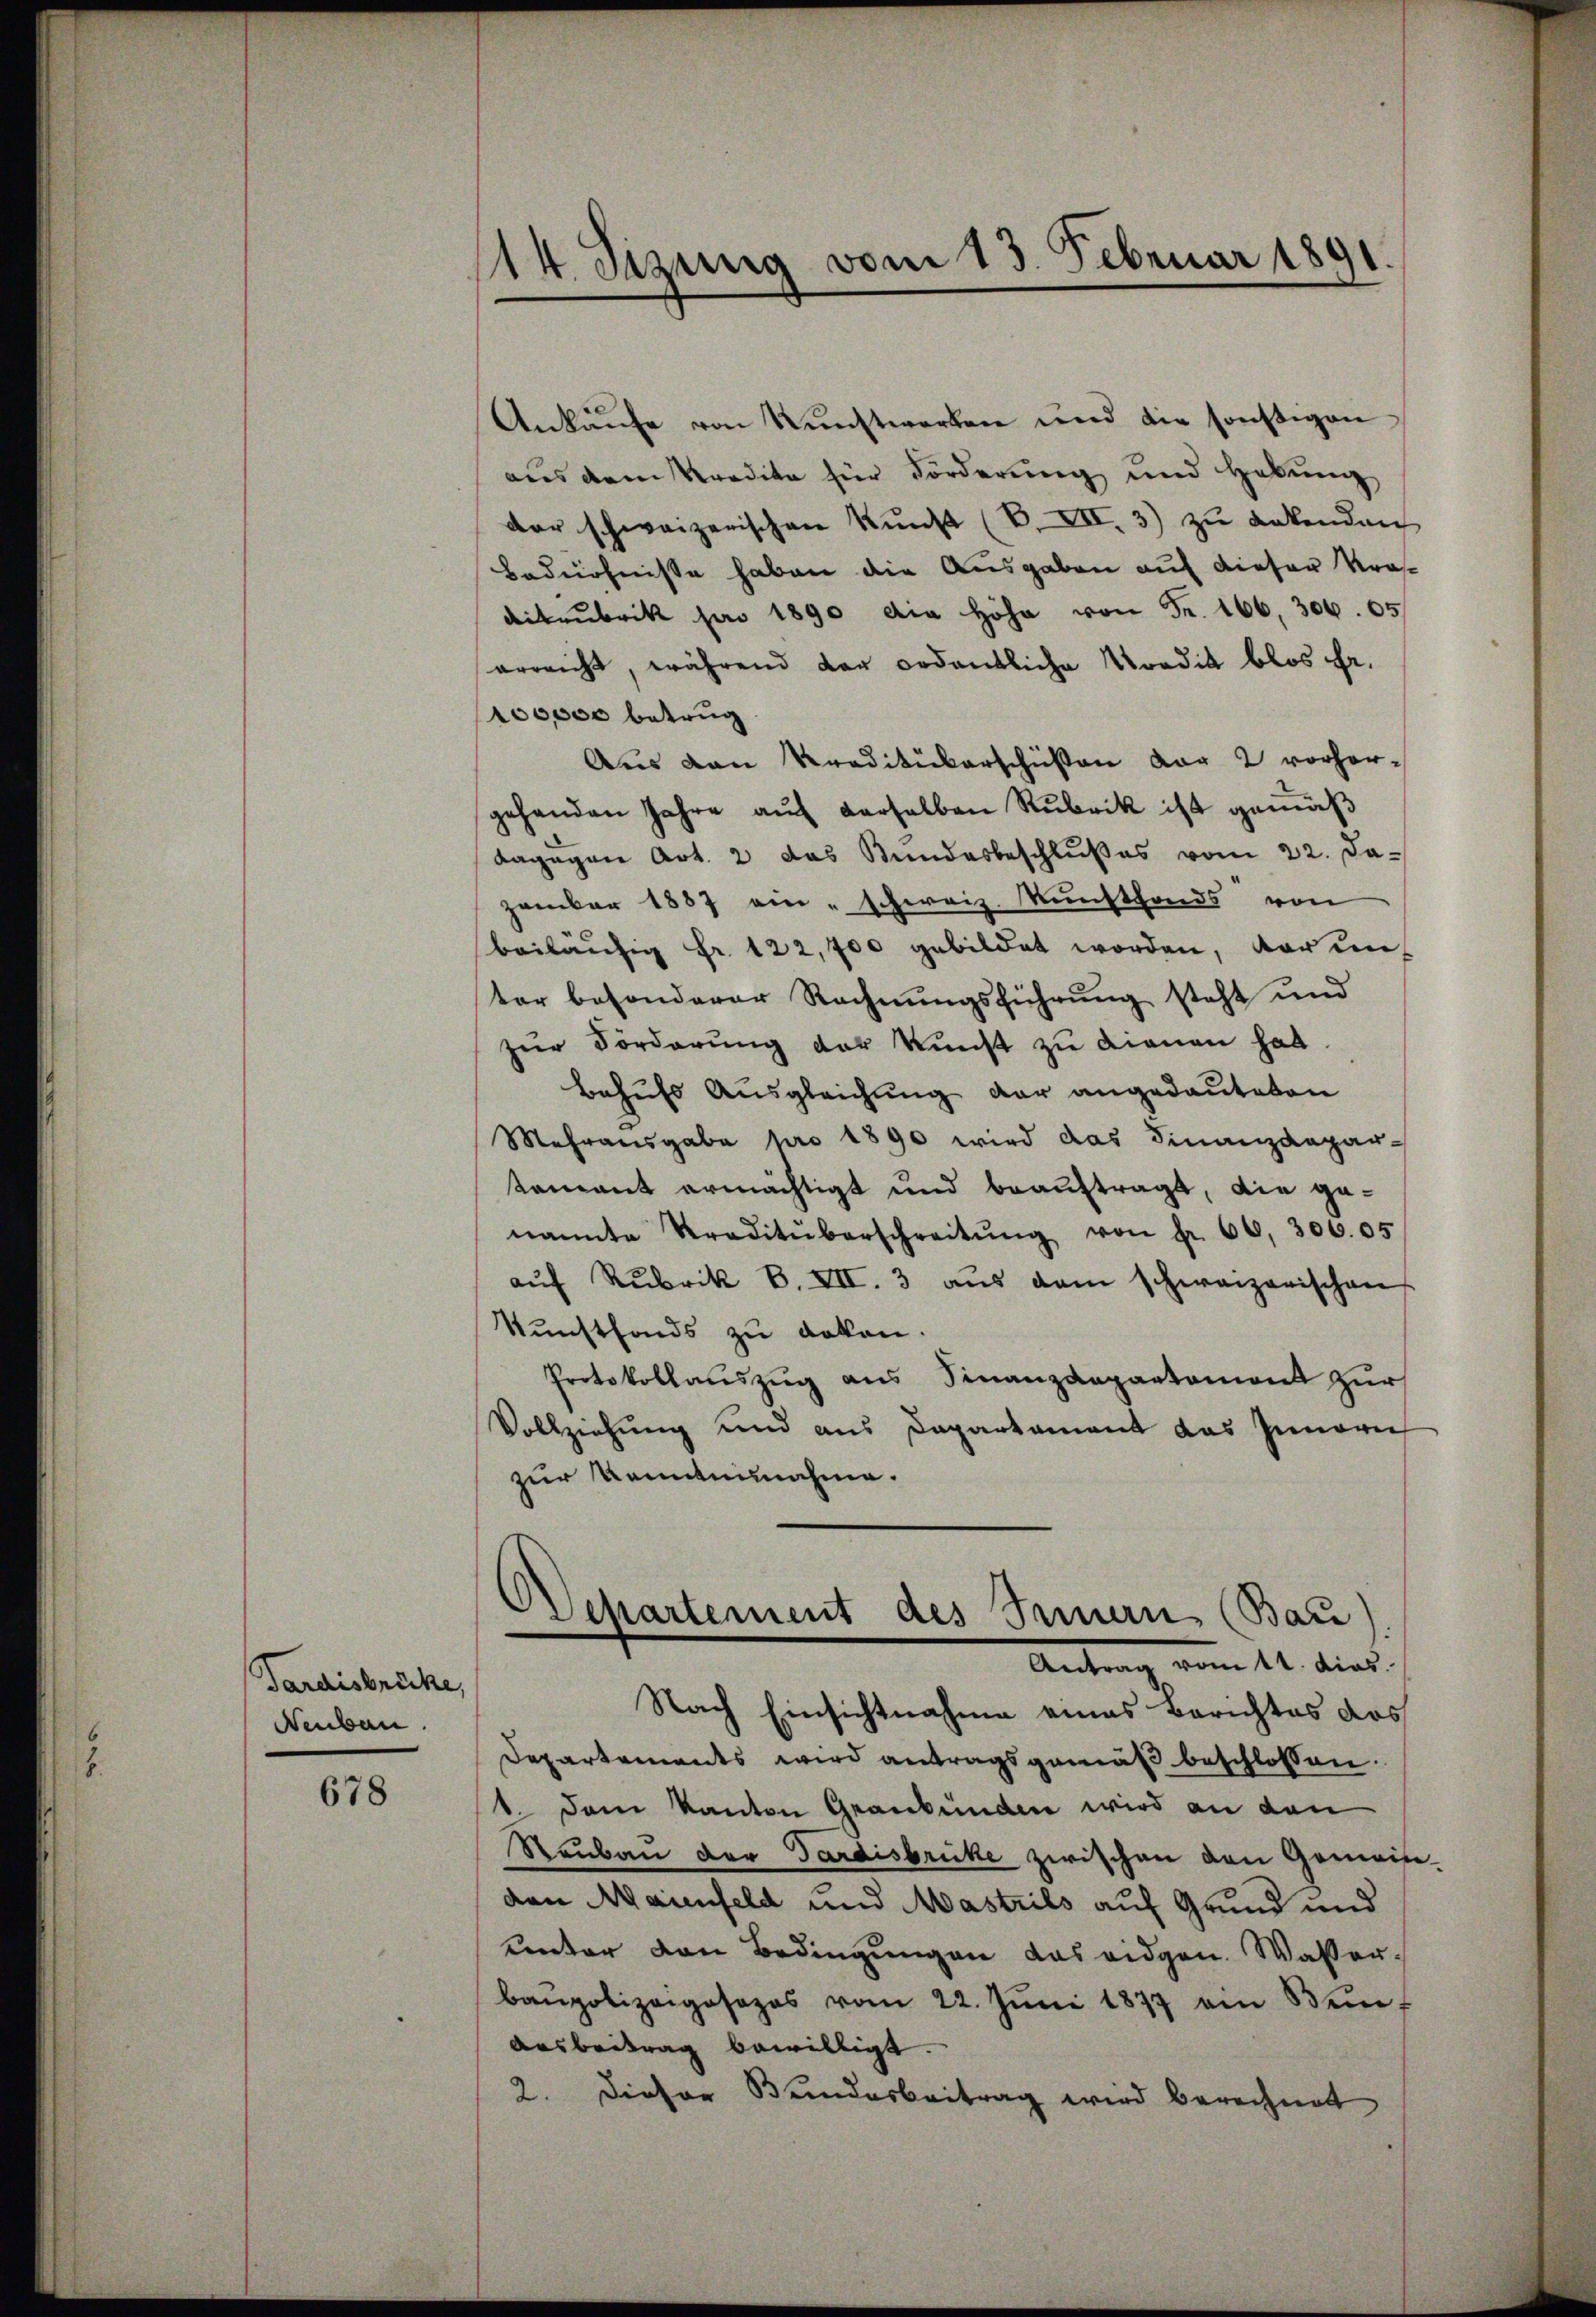
Pardisbrücke,
Neubau.

678

(14. Sizung vom 13. Februar 1891.

Ankaŭfe von Kŭnstwerken und die sonstigen
aus dem Predita für Forderung und Habung
der schweizerischen Kŭnst (C. XII. 3) zŭ enkenden
Bedürfnisse haben die Ausgaben auf dieser Kras¬
Ditrubrik par 1890 die Höhe von Fr. 166, 306. 65
erreicht, während der ordentliche Mordit blos Fr.
100000 betrug
Aus von Kreditüberschüßen vor 2 vorher-
gehanden Jahre auf derselben Rubrik ist gemäß
dagegen Art. 2 das Bundesbeschlußes vom 22. Jazember 1857 ein „schweiz. Kunstfonds von
beiläufig Fr. 122,700 gebildet worden, darin
ter besonderer Rechnungsführung steht und
zur Förderung der Kunst zu dienen hab
Behufs Ausgleichung der angedeuteten
Mehrausgabe pro 1890 wird das Finanzdepar-
tement ermächtigt und beauftragt, die genannte Traditŭberschreitŭng von Fr. 66, 306. 05
auf Rubrik B. VII. 3 aus dem schweizerischen
Kunstfonds zu deken.
Protokollaŭszŭg ans Finanzdepartamont zŭr
Vollziehung und aus Departament das Innern
zur Romaninnahme.
Departement des Innern (Bau
Antrag vom 11. dies
Nach Einsichtnahme eines Berichtes das
Departements wird antragsgemäß beschlossen:
1. Dem Kanton Graubünden wird an den
Raubau der Tardisbrücke zwischen den Gemein-
den Maienfeld und Mastrils auf Grund und
unter von Bedingungen das eidgen. Wasserbaupolizeiposezes vom 22. Juni 1877 ein Wein¬
Ausbeitrag bewilligt.
2. Dieser Bundesbeitrag wird berechnet